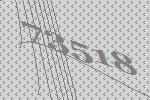
73518